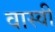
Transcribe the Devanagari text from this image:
वास्वी